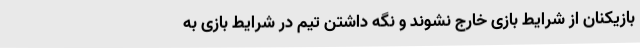
بازیکنان از شرایط بازی خارج نشوند و نگه داشتن تیم در شرایط بازی به